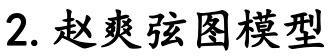
2. 赵爽弦图模型